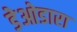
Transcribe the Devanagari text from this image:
डेओडारा